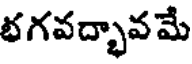
భగవద్భావమే